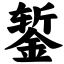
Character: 錾